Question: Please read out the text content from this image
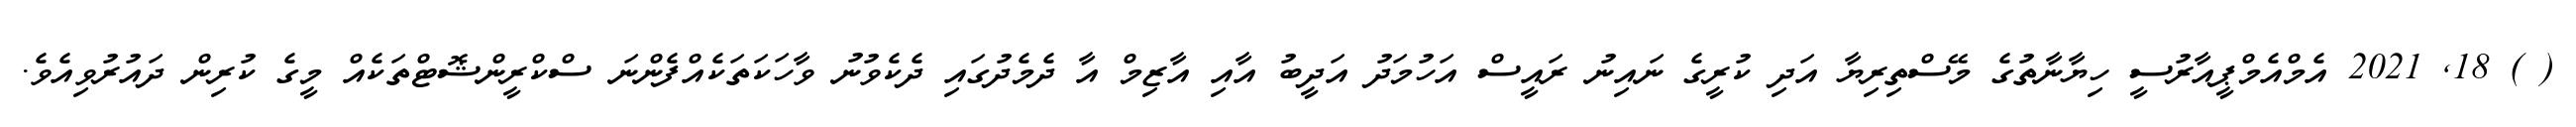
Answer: ( ) 18, 2021 އެމްއެމްޕީއާރުސީ ހިޔާނާތުގެ މޭސްތިރިޔާ އަދި ކުރީގެ ނައިނު ރައީސް އަހުމަދު އަދީބު އާއި އާޒިމް އާ ދެމެދުގައި ދެކެވުނު ވާހަކަތަކެއްފެންނަ ސްކްރީންޝޮޓްތަކެއް މީގެ ކުރިން ދައުރުވިއެވެ.